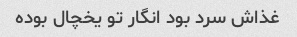
غذاش سرد بود انگار تو یخچال بوده